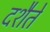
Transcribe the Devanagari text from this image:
दशैते